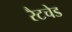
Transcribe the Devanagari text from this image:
रैटचेड